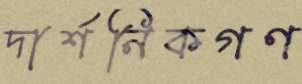
দার্শনিকগণ